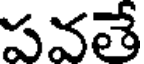
పవతే